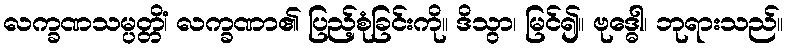
လက္ခဏသမ္ပတ္တိံ၊ လက္ခဏာ၏ ပြည့်စုံခြင်းကို။ ဒိသွာ၊ မြင်၍။ ဗုဒ္ဓေါ၊ ဘုရားသည်။